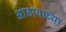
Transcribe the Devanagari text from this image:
आडावाच्या